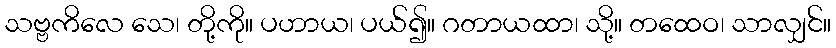
သဗ္ဗကိလေ သေ၊ တို့ကို။ ပဟာယ၊ ပယ်၍။ ဂတာယထာ၊ သို့။ တထေဝ၊ သာလျှင်။